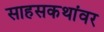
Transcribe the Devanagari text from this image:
साहसकथांवर